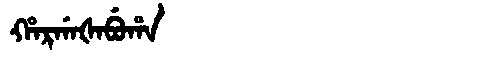
Manchu: ᡥᠠᡵᡤᠠᡧᠠᠪᡠᡥᠠ
Romanization: HARGAŠABUHA